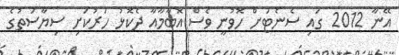
އޭނާ 2012 ގައި ސެނެޓަށް ހޮވުނީ ވެސް އޮބާމާއާ ދެކޮޅު ހަރުކަށި ސިޔާސަތުގެ